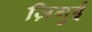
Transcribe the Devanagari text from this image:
ज़िगुई